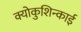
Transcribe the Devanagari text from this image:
क्योकुशिन्काई